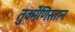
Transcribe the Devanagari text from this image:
तुर्क्मेणिस्तान